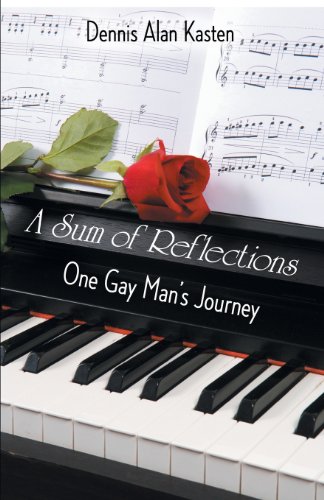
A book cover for A Sum of Reflections: One Gay Man's Journey; Dennis Alan Kasten; Biographies & Memoirs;